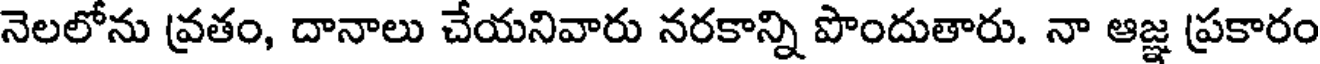
నెలలోను వ్రతం, దానాలు చేయనివారు నరకాన్ని పొందుతారు. నా ఆజ్ఞ ప్రకారం